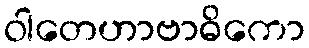
ဝါတေဟာဗာဓိကော